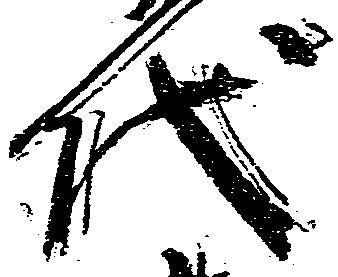
代